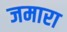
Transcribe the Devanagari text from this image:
जमारा